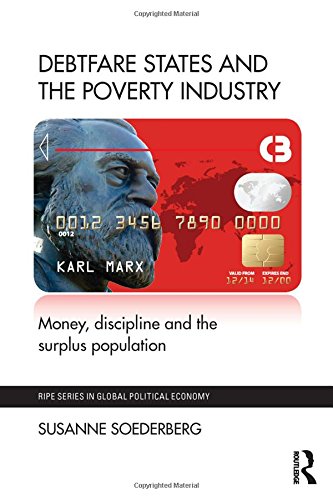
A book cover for Debtfare States and the Poverty Industry: Money, Discipline and the Surplus Population (RIPE Series in Global Political Economy); Susanne Soederberg; Business & Money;